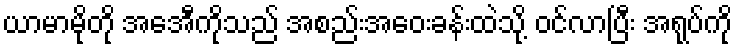
ယာမာမိုတို အေအီကိုသည် အစည်းအဝေးခန်းထဲသို့ ဝင်လာပြီး အရုပ်ကို